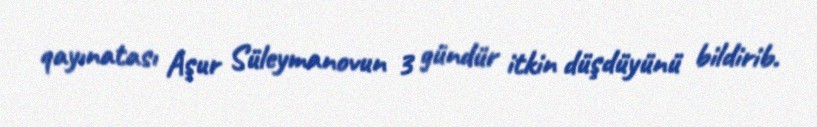
qayınatası Aşur Süleymanovun 3 gündür itkin düşdüyünü bildirib.